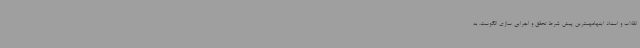
انقلاب و اسناد اینهامهمترین پیش شرط تحقق و اجرایی سازی الگوست. به